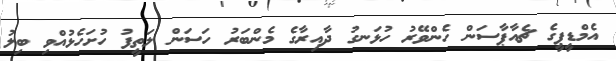
އެމްޑީޕީގެ ޗެއާޕާސަން ހެންވޭރު ހުޅަނގު ދާއިރާގެ މެންބަރު ހަސަން ލަތީފު ހުށަހެޅުއްވި ބިލު